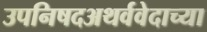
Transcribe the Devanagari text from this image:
उपनिषदअथर्ववेदाच्या